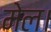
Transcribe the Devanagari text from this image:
मेल।